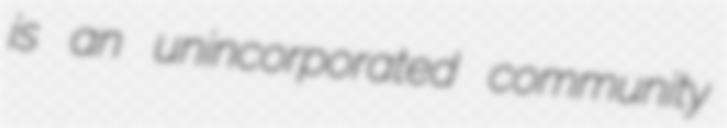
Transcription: is an unincorporated community